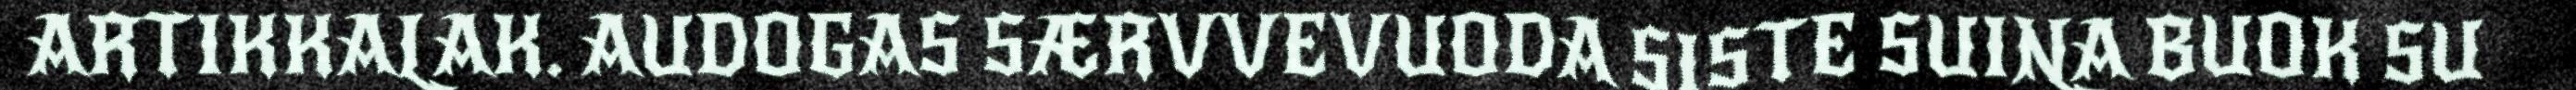
ARTIKKALAK. AUDOGAS SÆRVVEVUODA SISTE SUINA BUOK SU